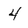
Character: 4